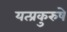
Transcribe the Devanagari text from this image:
यत्प्रकुरुषे